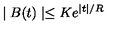
\mid B ( t ) \mid \leq K e ^ { \mid t \mid / R }